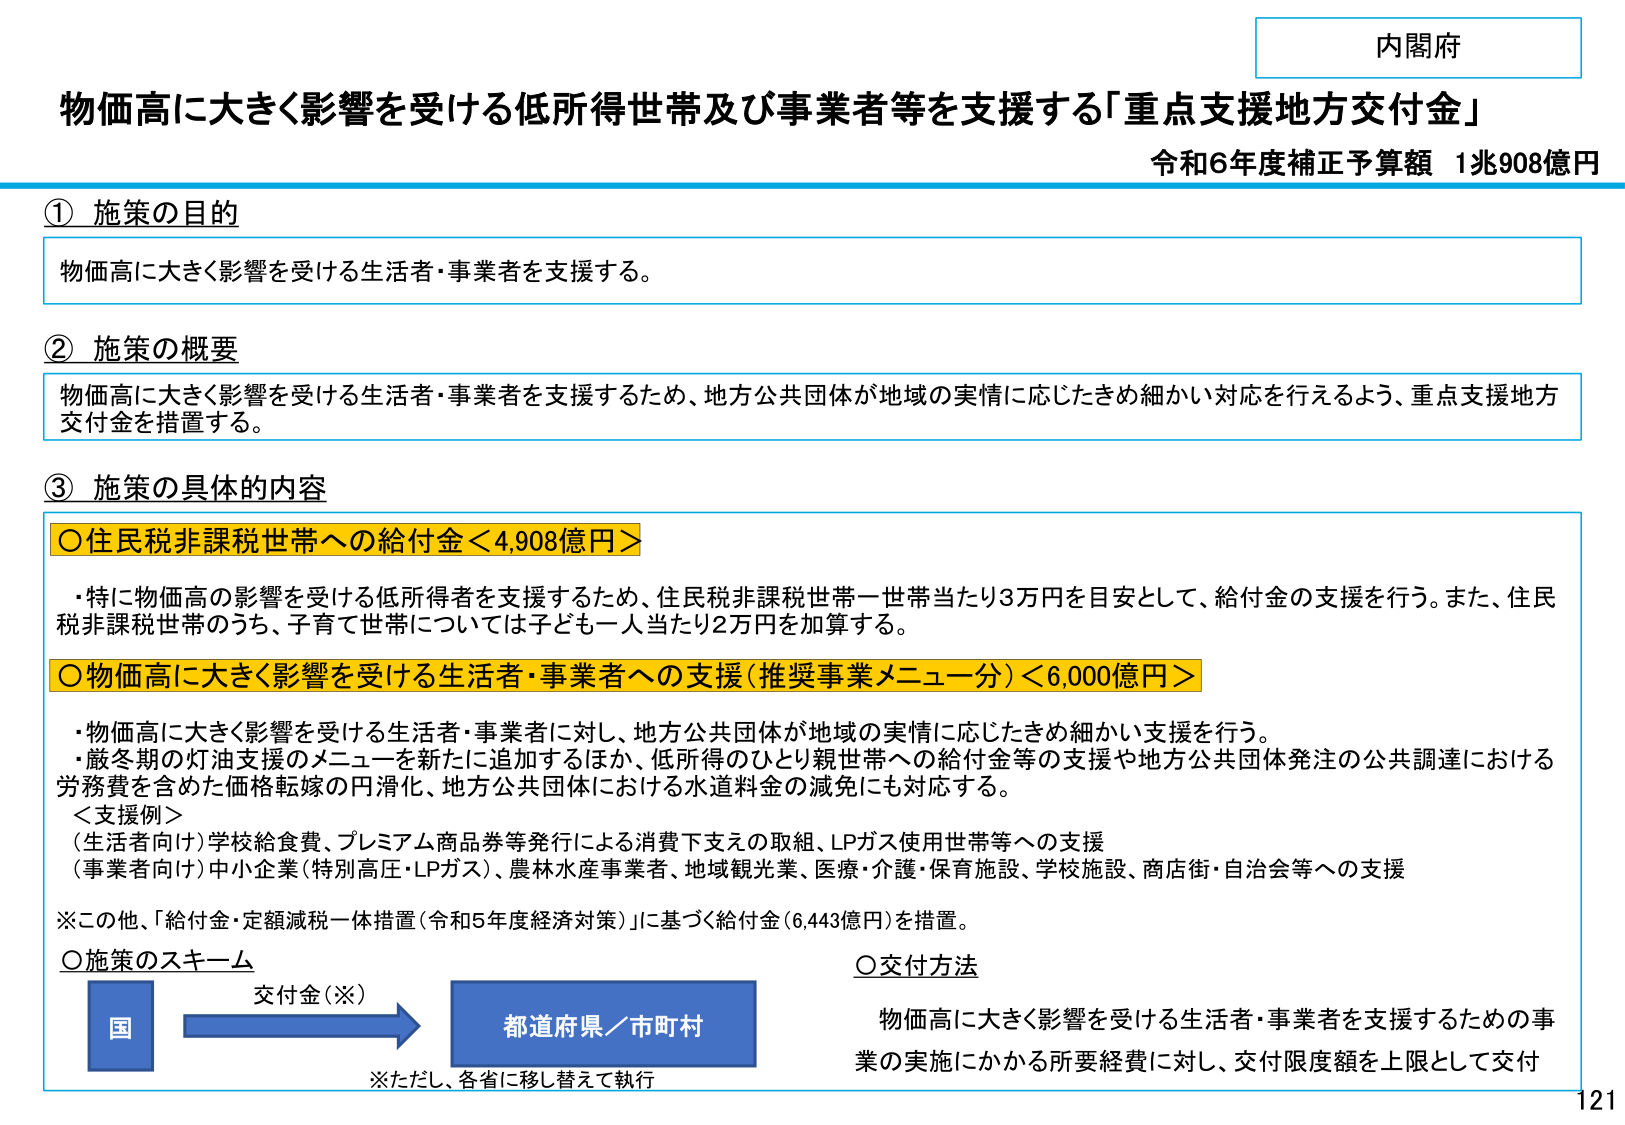
内閣府
物価高に大きく影響を受ける低所得世帯及び事業者等を支援する「重点支援地方交付金」
令和6年度補正予算額 1兆908億円

① 施策の目的
物価高に大きく影響を受ける生活者・事業者を支援する。

② 施策の概要
物価高に大きく影響を受ける生活者・事業者を支援するため、地方公共団体が地域の実情に応じたきめ細かい対応を行えるよう、重点支援地方交付金を措置する。

③ 施策の具体的内容
〇住民税非課税世帯への給付金＜4,908億円＞
・特に物価高の影響を受ける低所得者を支援するため、住民税非課税世帯一世帯当たり3万円を目安として、給付金の支援を行う。また、住民税非課税世帯のうち、子育て世帯については子ども一人当たり2万円を加算する。

〇物価高に大きく影響を受ける生活者・事業者への支援（推奨事業メニュー分）＜6,000億円＞
・物価高に大きく影響を受ける生活者・事業者に対し、地方公共団体が地域の実情に応じたきめ細かい支援を行う。
・厳冬期の灯油支援のメニューを新たに追加するほか、低所得のひとり親世帯への給付金等の支援や地方公共団体発注の公共調達における労務費を含めた価格軽減の円滑化、地方公共団体における水道料金の減免にも対応する。
＜支援例＞
（生活者向け）学校給食費、プレミアム商品券等発行による消費下支えの取組、LPガス使用世帯等への支援
（事業者向け）中小企業（特別高圧・LPガス）、農林水産事業者、地域観光業、医療・介護・保育施設、学校施設、商店街・自治会等への支援
※この他、「給付金・定額減税一体措置（令和5年度経済対策）」に基づく給付金（6,443億円）を措置。

〇施策のスキーム
国 → 交付金（※） → 都道府県／市町村
※ただし、各省に移し替えて執行

〇交付方法
物価高に大きく影響を受ける生活者・事業者を支援するための事業の実施にかかる所要経費に対し、交付限度額を上限として交付

121